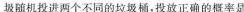
圾随机投进两个不同的垃圾桶。投放正确的概率是